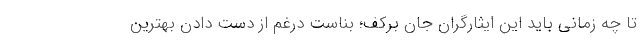
تا چه زمانی باید این ایثارگران جان برکف؛ بناست درغم از دست دادن بهترین